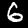
Digit: 6